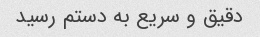
دقیق و سریع به دستم رسید